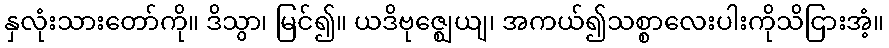
နှလုံးသားတော်ကို။ ဒိသွာ၊ မြင်၍။ ယဒိဗုဇ္ဈေယျ၊ အကယ်၍သစ္စာလေးပါးကိုသိငြားအံ့။